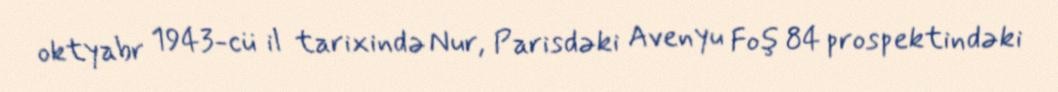
oktyabr 1943-cü il tarixində Nur, Parisdəki Avenyu Foş 84 prospektindəki